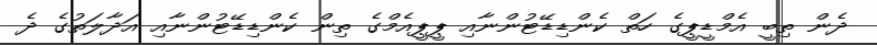
ދެން ތިބީ އެމްޑީޕީގެ ހަތް ކެންޑިޑޭޓުންނާއި ޕީޕީއެމްގެ ތިން ކެންޑިޑޭޓުންނާއި އަދާލަތުގެ ދެ